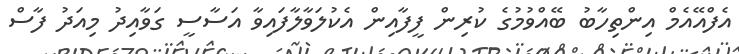
އެފްއޭއެމް އިންތިހާބު ބޭއްވުމުގެ ކުރިން ފީފާއިން އެކުލަވާލާފައިވާ އަސާސީ ގަވާއިދު މިއަދު ފާސް